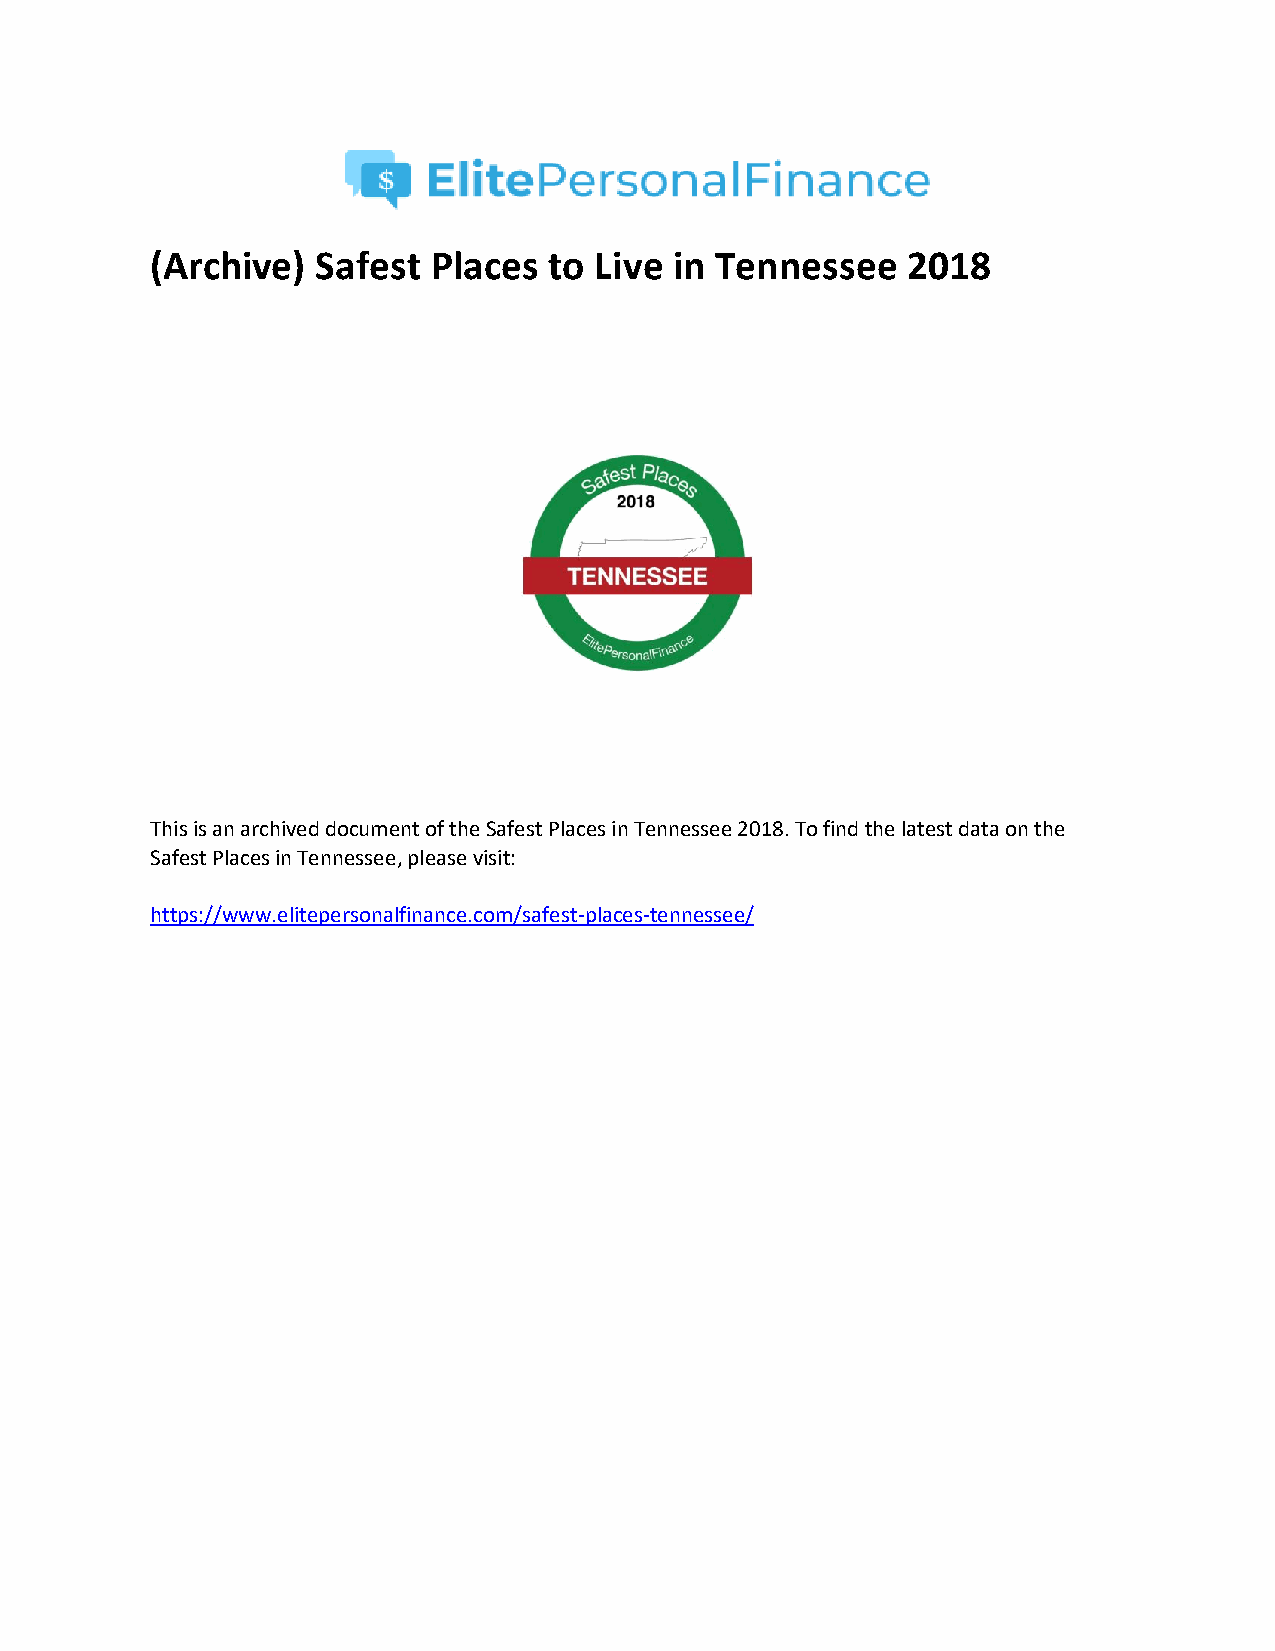
(Archive)  Safest  Places to Live  in Tennessee   2018
 This is an archived document of the Safest Places in Tennessee 2018. To find the latest data on the
 Safest Places in Tennessee, please visit:
 https://www.elitepersonalfinance.com/safest-places-tennessee/